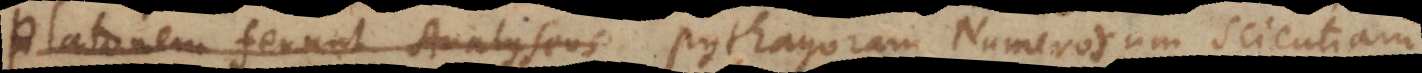
Platonem ferunt Analyseos Pythagoram Numerorum Scientiam